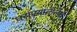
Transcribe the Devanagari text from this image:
घराण्यातीलच